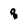
Character: 8